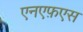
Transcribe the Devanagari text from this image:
एनएफ़एस